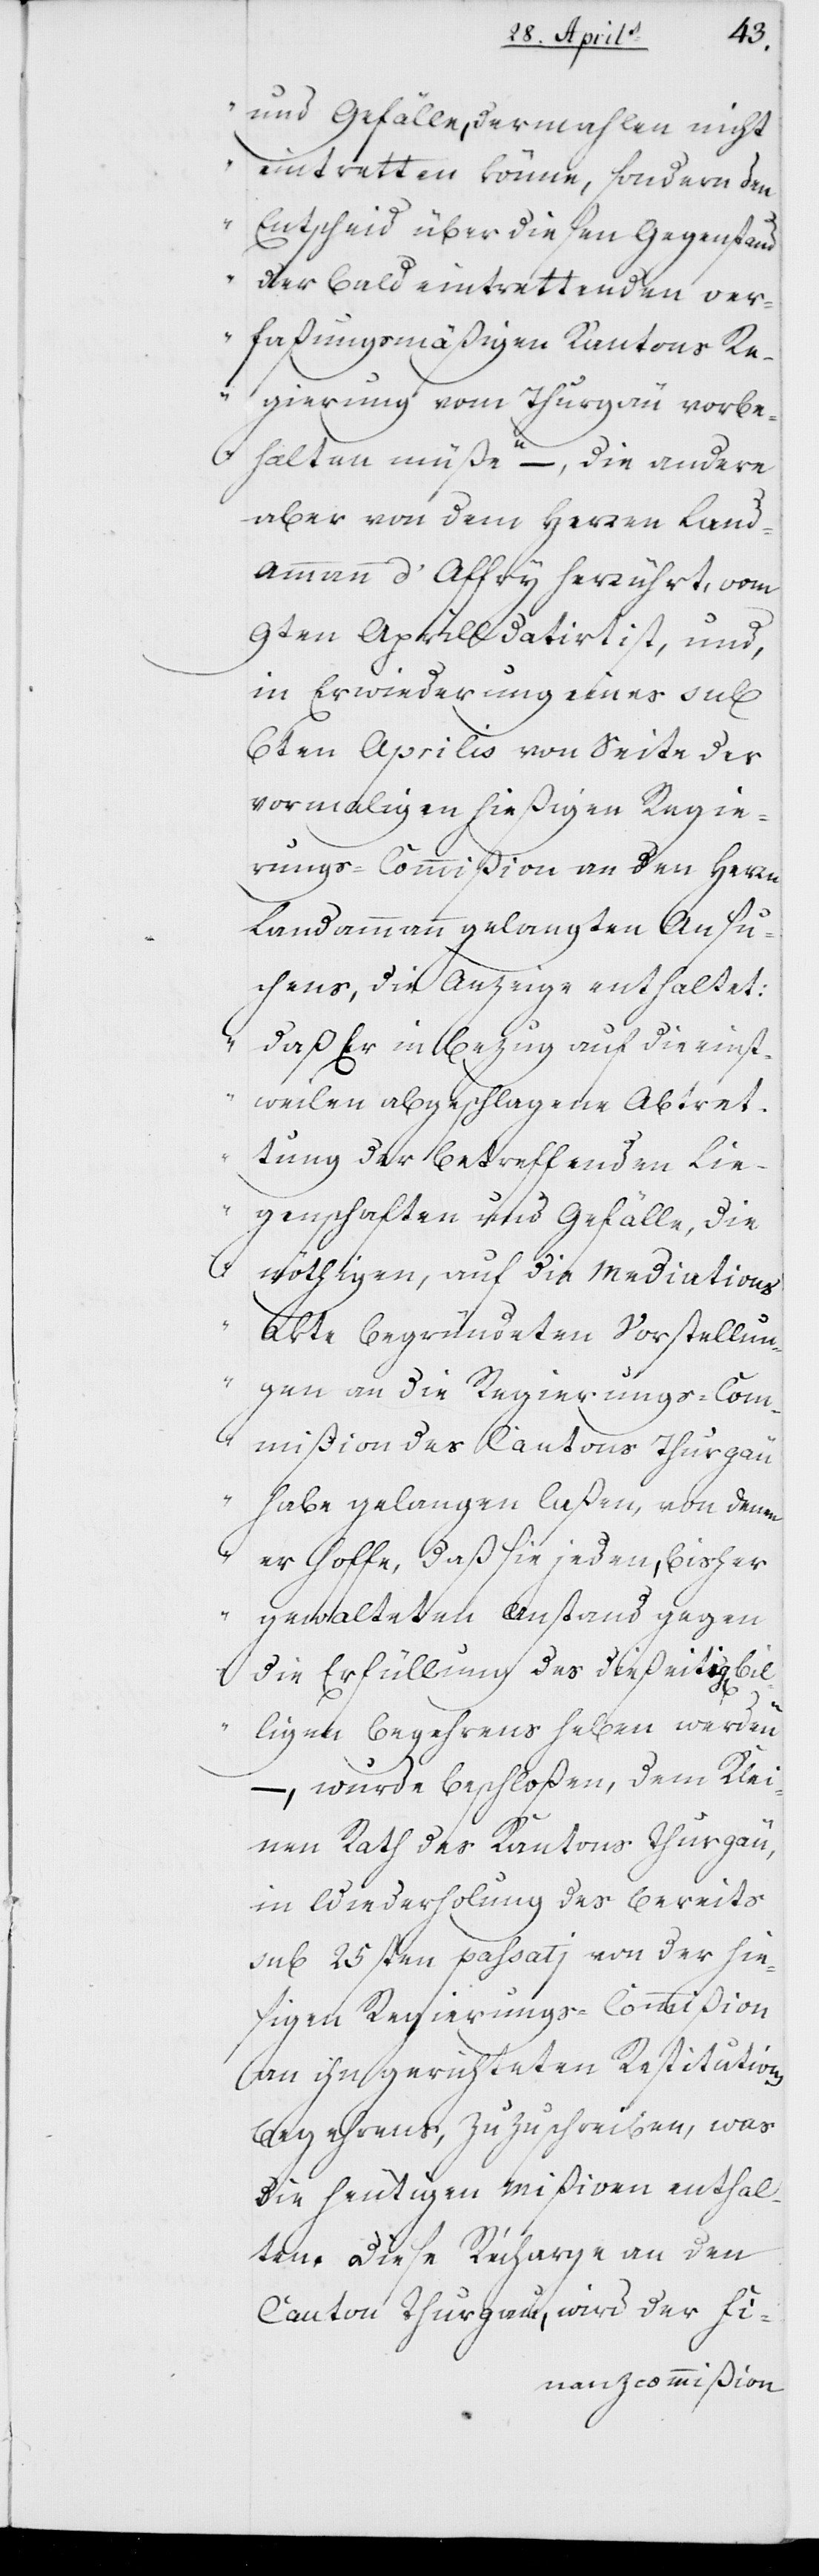
und Gefälle, dermahlen nicht
eintretten könne, sondern den
Entscheid über diesen Gegenstand
der bald eintrettenden ver¬
faßungsmäßigen Kantons-Re¬
gierung vom Thurgau vorbe¬
halten müße“ –, die andere
aber von dem Herren Land¬
ammann d’Affry herrührt, vom
9ten Aprill datiert ist, und,
in Erwiederung eines sub
6ten Aprilis von Seite der
vormaligen hießigen Regie¬
rungs-Commißion an den Herrn
Landammann gelangten Ansu¬
chens, die Anzeige enthaltet:
„daß er in Bezug auf die einst¬
weilen abgeschlagene Abtret¬
tung der betreffenden Lie¬
genschaften und Gefälle, die
nötigen, auf die Mediation¬
s-Akte begründeten Vorstellun¬
gen an die Regierungs-Com¬
mißion des Cantons Thurgau
habe gelangen laßen, von den¬
en er hoffe, daß sie jeden, bisher
gewalteten Anstand gegen
die Erfüllung des dießeitigen bil¬
ligen Begehrens haben werden“,
– wurde beschloßen, dem Klei¬
nen Rath des Kantons Thurgau,
in Wiederholung des bereits
sub 25sten passati von der hie¬
sigen Regierungskommißion
an ihn gerichteten Restitution¬
sbegehrens, zuzuschreiben, was
die heutigen Mißiven enthal¬
ten. Diese Récharge an den
Canton Thurgau, wird der Fi-